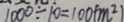
1 0 0 0 \div 1 0 = 1 0 0 ( m ^ { 2 } )